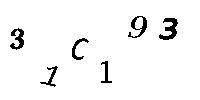
31C193